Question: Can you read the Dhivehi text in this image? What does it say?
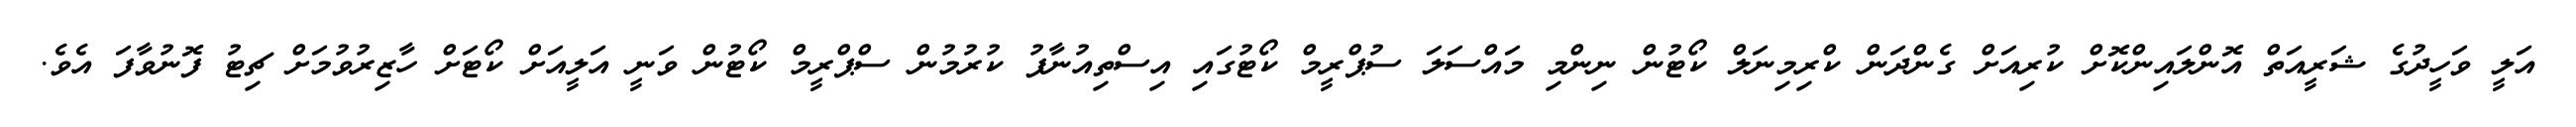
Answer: އަލީ ވަހީދުގެ ޝަރީއަތް އޮންލައިންކޮށް ކުރިއަށް ގެންދަން ކްރިމިނަލް ކޯޓުން ނިންމި މައްސަލަ ސުޕްރީމް ކޯޓުގައި އިސްތިއުނާފު ކުރުމުން ސްޕްރީމް ކޯޓުން ވަނީ އަލީއަށް ކޯޓަށް ހާޒިރުވުމަށް ޗިޓު ފޮނުވާފަ އެވެ.